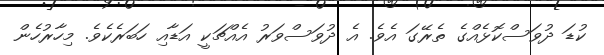
ކުޑަ ދުވަސްކޮޅެެއްގެ ތެރޭގަ އެވެ. އެ ދުވަސްވަރު އެއްޗަކީ އަޑާއި ހަބަރެކެވެ. މިހާރުހެން